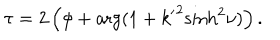
\tau = 2 \left( \phi + \arg ( 1 + { k ^ { \prime } } ^ { 2 } { \sinh } ^ { 2 } \nu ) \right) .